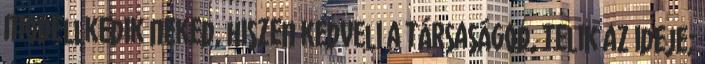
modellkedik neked, hiszen kedveli a társaságod, telik az ideje;